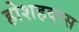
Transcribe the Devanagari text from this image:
होशहवास